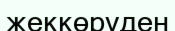
жеккөруден